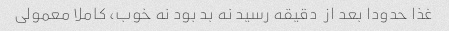
غذا حدودا بعد از  دقیقه رسید نه بد بود نه خوب، کاملا معمولی